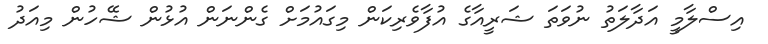
އިސްލާމީ އަދާލަތު ނުވަތަ ޝަރީއާގެ އުފާވެރިކަން މިގައުމަށް ގެންނަން އުޅުން ޝޭހުން މިއަދު